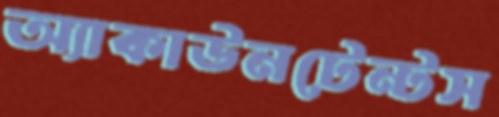
অ্যাকাউনটেন্টস